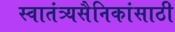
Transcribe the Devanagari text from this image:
स्वातंत्र्यसैनिकांसाठी